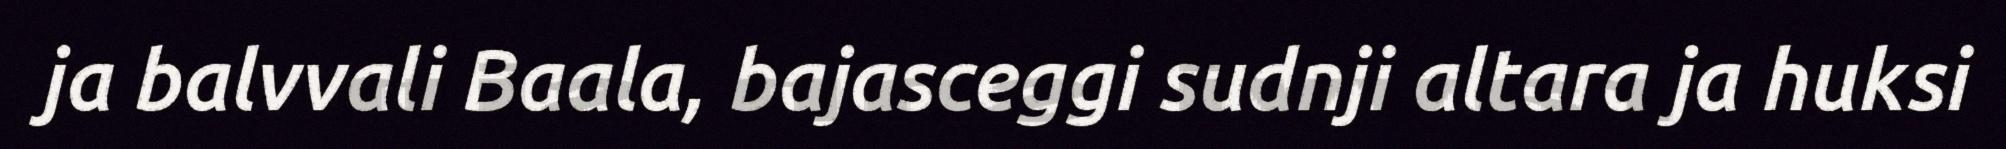
ja balvvali Baala, bajasceggi sudnji altara ja huksi